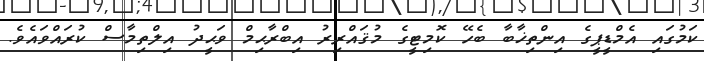
ކަމުގައި އެމްޑީޕީގެ އިންތިޚާބާ ބެހޭ ކޮމިޓީގެ މުޤައްރިރު އިބްރާޙިމް ވަޙީދު އިލްތިމާސް ކުރައްވައެވެ.